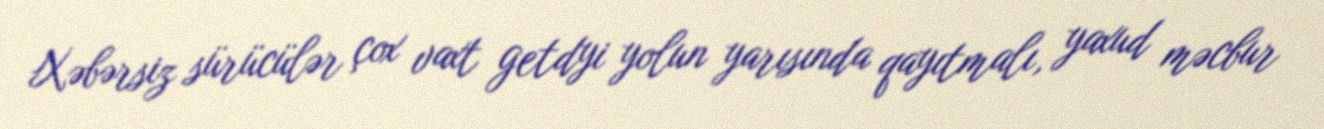
Xəbərsiz sürücülər çox vaxt getdyi yolun yarısında qayıtmalı, yaxud məcbur